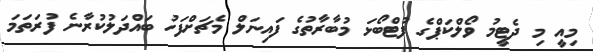
މިއީ މި ދެޓީމު ވޯލްކަޕްގެ ފުޓްބޯޅަ މުބާރާތުގެ ފައިނަލް މެޗަށްފަހު ބައްދަލުކުރާނެ ފުރަތަމަ